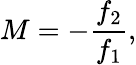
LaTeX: M=-{\frac{f_{2}}{f_{1}}},